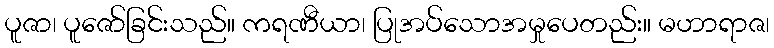
ပူဇာ၊ ပူဇော်ခြင်းသည်။ ကရဏီယာ၊ ပြုအပ်သောအမှုပေတည်း။ မဟာရာဇ၊